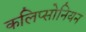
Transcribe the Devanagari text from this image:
कलिप्सोनियन